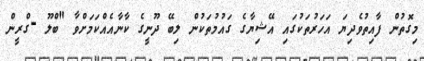
މިގޮތުން ފާއިތުވެދިޔަ އަހަރުތަކުގައި އޭޝިޔާގެ ގައުމުތަކުން ލިބޭ ދޫނީގެ ކާނާއެއްކަމަށްވާ "ބްލޫ -ގްރީން